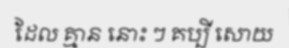
ដែល គ្មាន នោះ ៗ គប្បី សោយ